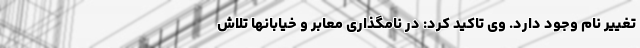
تغییر نام وجود دارد. وی تاکید کرد: در نامگذاری معابر و خیابانها تلاش